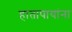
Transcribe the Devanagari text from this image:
हातापायांना